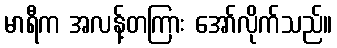
မာရီက အလန့်တကြား အော်လိုက်သည်။